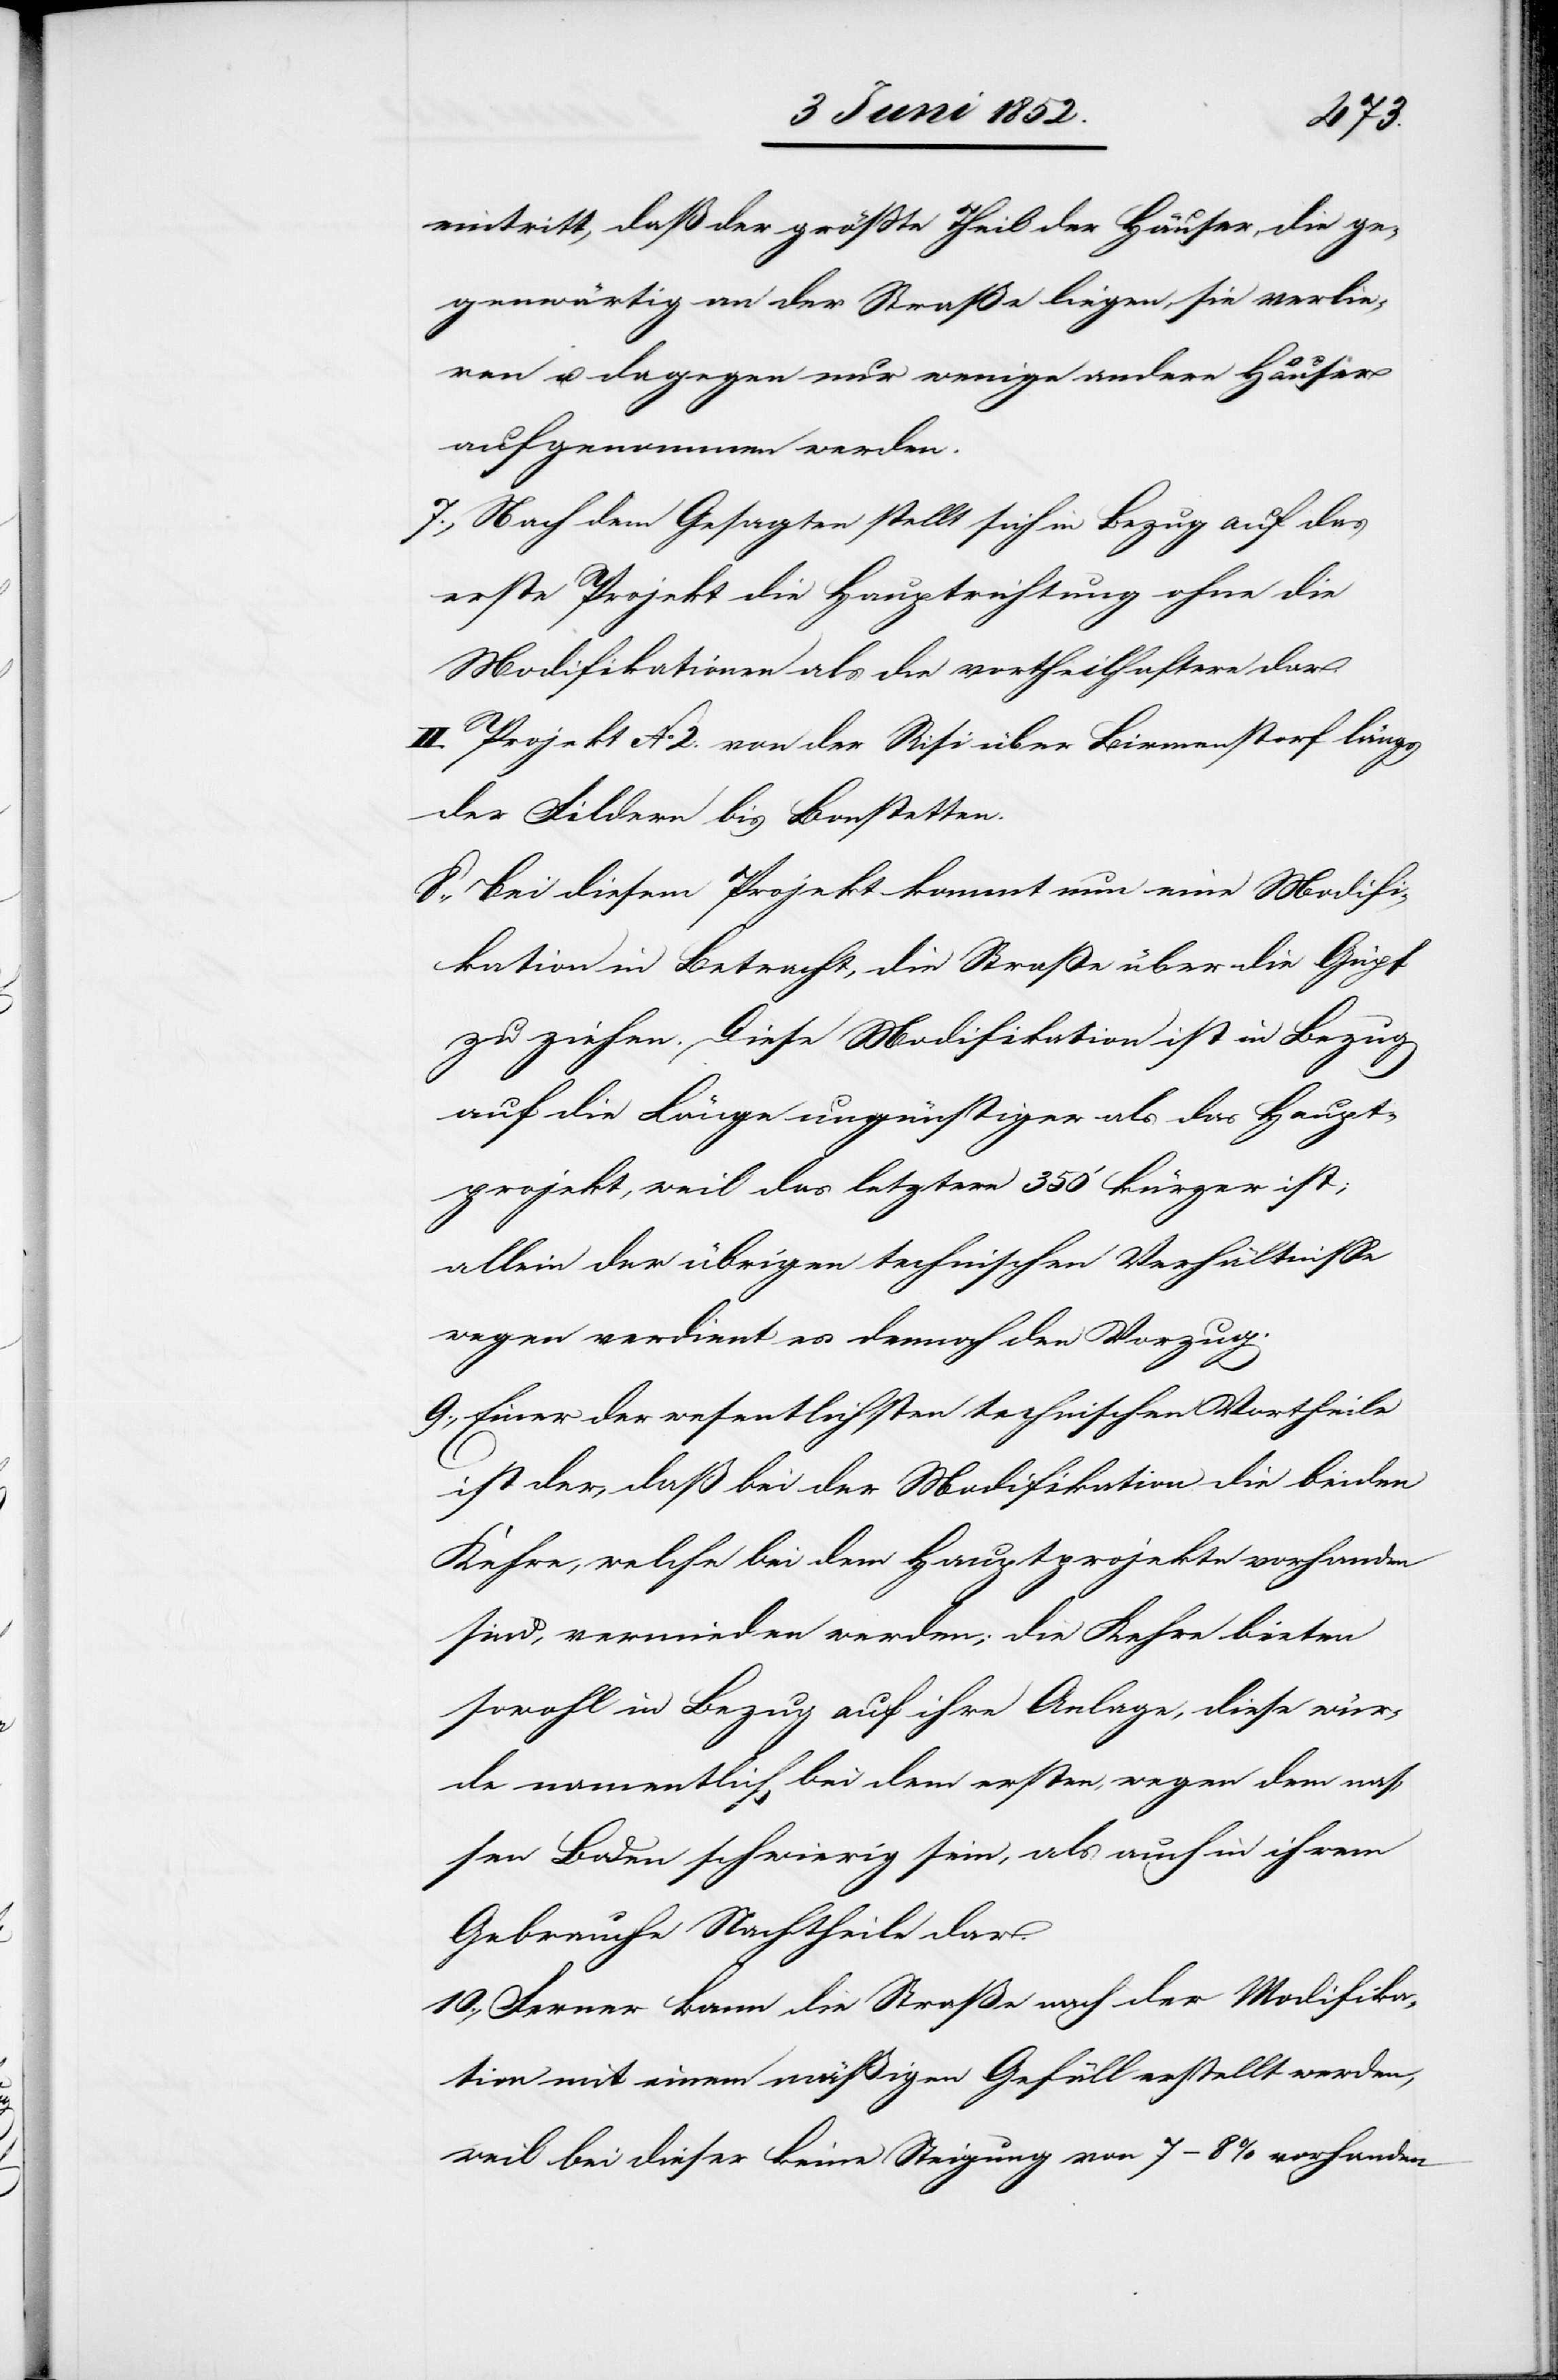
eintritt, daß der grösste Theil der Häuser die ge¬
genwärtig an der Straße liegen, sie verlie¬
ren u. dagegen nur wenige andere Häuser
aufgenommen werden.
Nach dem Gesagten stellt sich in Bezug auf das
erste Projekt die Hauptrichtung ohne die
Modifikationen als die vortheilhaftere dar.
II. Projekt No 2. von der Risi über Birmenstorf längs
der Fildern bis Bonstetten.
Bei diesem Projekt kommt nun eine Modifi¬
kation in Betracht, die Straße über die Güpf
zu ziehen. Diese Modifikation ist in Bezug
auf die Länge ungünstiger als das Haupt¬
projekt, weil das letztere 350‘ kürzer ist;
allein der übrigen technischen Verhältnisse
wegen verdient es dennoch den Vorzug.
Einer der wesentlichsten technischen Vortheile
ist der, daß bei der Modifikation die beiden
Kehre, welche bei dem Hauptprojekte vorhanden
sind, vermieden werden; die Kehre bieten
sowohl in Bezug auf ihre Anlage, diese wür¬
de namentlich bei dem ersten, wegen dem nas¬
sen Boden schwierig sein, als auch in ihrem
Gebrauche Nachtheile dar.
Ferner kann die Straße nach der Modifika¬
tion mit einem mäßigen Gefäll erstellt werden,
weil bei dieser keine Steigung von 7–8% vorhanden